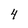
Character: 4